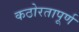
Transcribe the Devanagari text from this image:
कठोरतापूर्ण